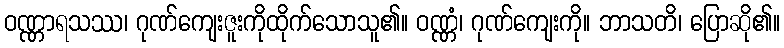
ဝဏ္ဏာရသဿ၊ ဂုဏ်ကျေးဇူးကိုထိုက်သောသူ၏။ ဝဏ္ဏံ၊ ဂုဏ်ကျေးကို။ ဘာသတိ၊ ပြောဆို၏။